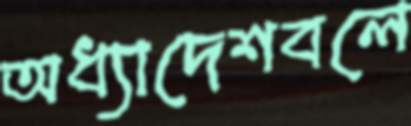
অধ্যাদেশবলে